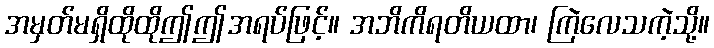
အမှတ်မရှိထိုထိုဤဤအရပ်ဖြင့်။ အဘိကိရတိယထာ၊ ကြဲလေသကဲ့သို့။